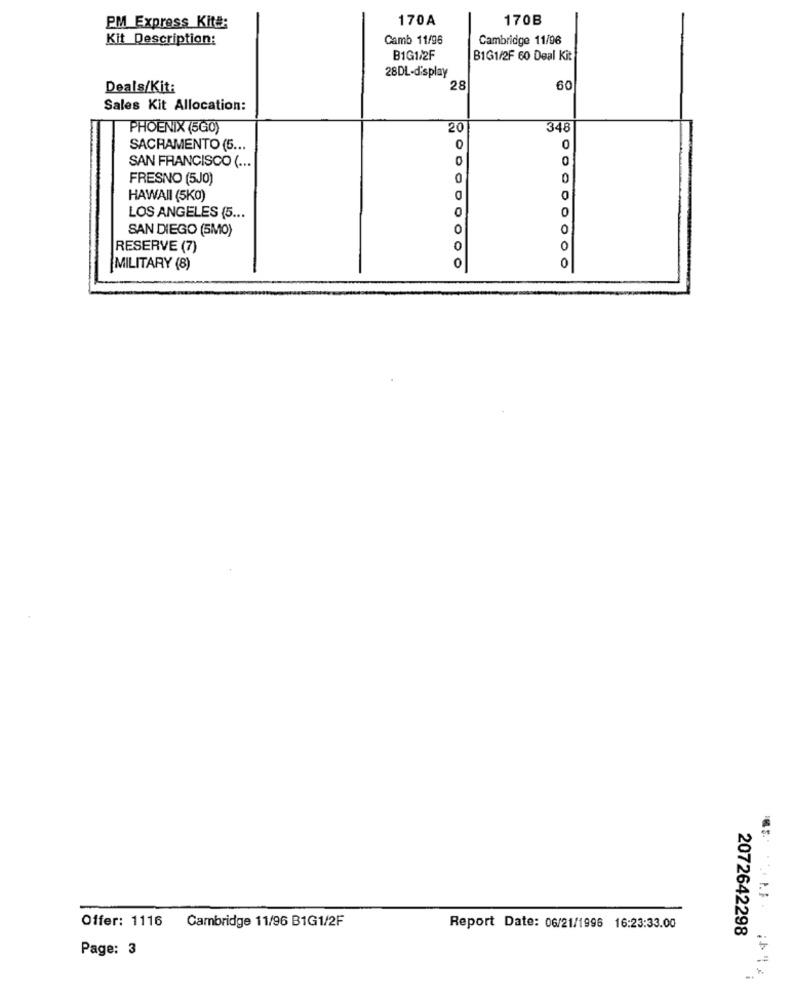
170A
170B
PM Express Kit#:
Kit Description:
Camb 11/96
Cambridge 11/96
B1G1/2F
B1G1/2F 60 Deal Kit
28DL-display
Deals/Kit:
28
60
Sales Kit Allocation:
PHOENIX (5G0)
20
348
0
SACRAMENTO (5 ...
0
SAN FRANCISCO ( ...
0
FRESNO (5J0)
0
0
HAWAII (5KO)
0
0
LOS ANGELES (5 ...
SAN DIEGO (5MO)
0
RESERVE (7)
0
0
0
0
MILITARY (8)
Offer: 1116
Cambridge 11/96 B1G1/2F
Report Date: 06/21/1996 16:23:33.00
2072642298
Page: 3